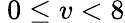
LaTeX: \ 0\leq v<8